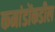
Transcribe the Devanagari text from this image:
कमांडोंकडील